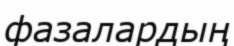
фазалардың